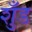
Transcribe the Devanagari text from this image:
शुँड